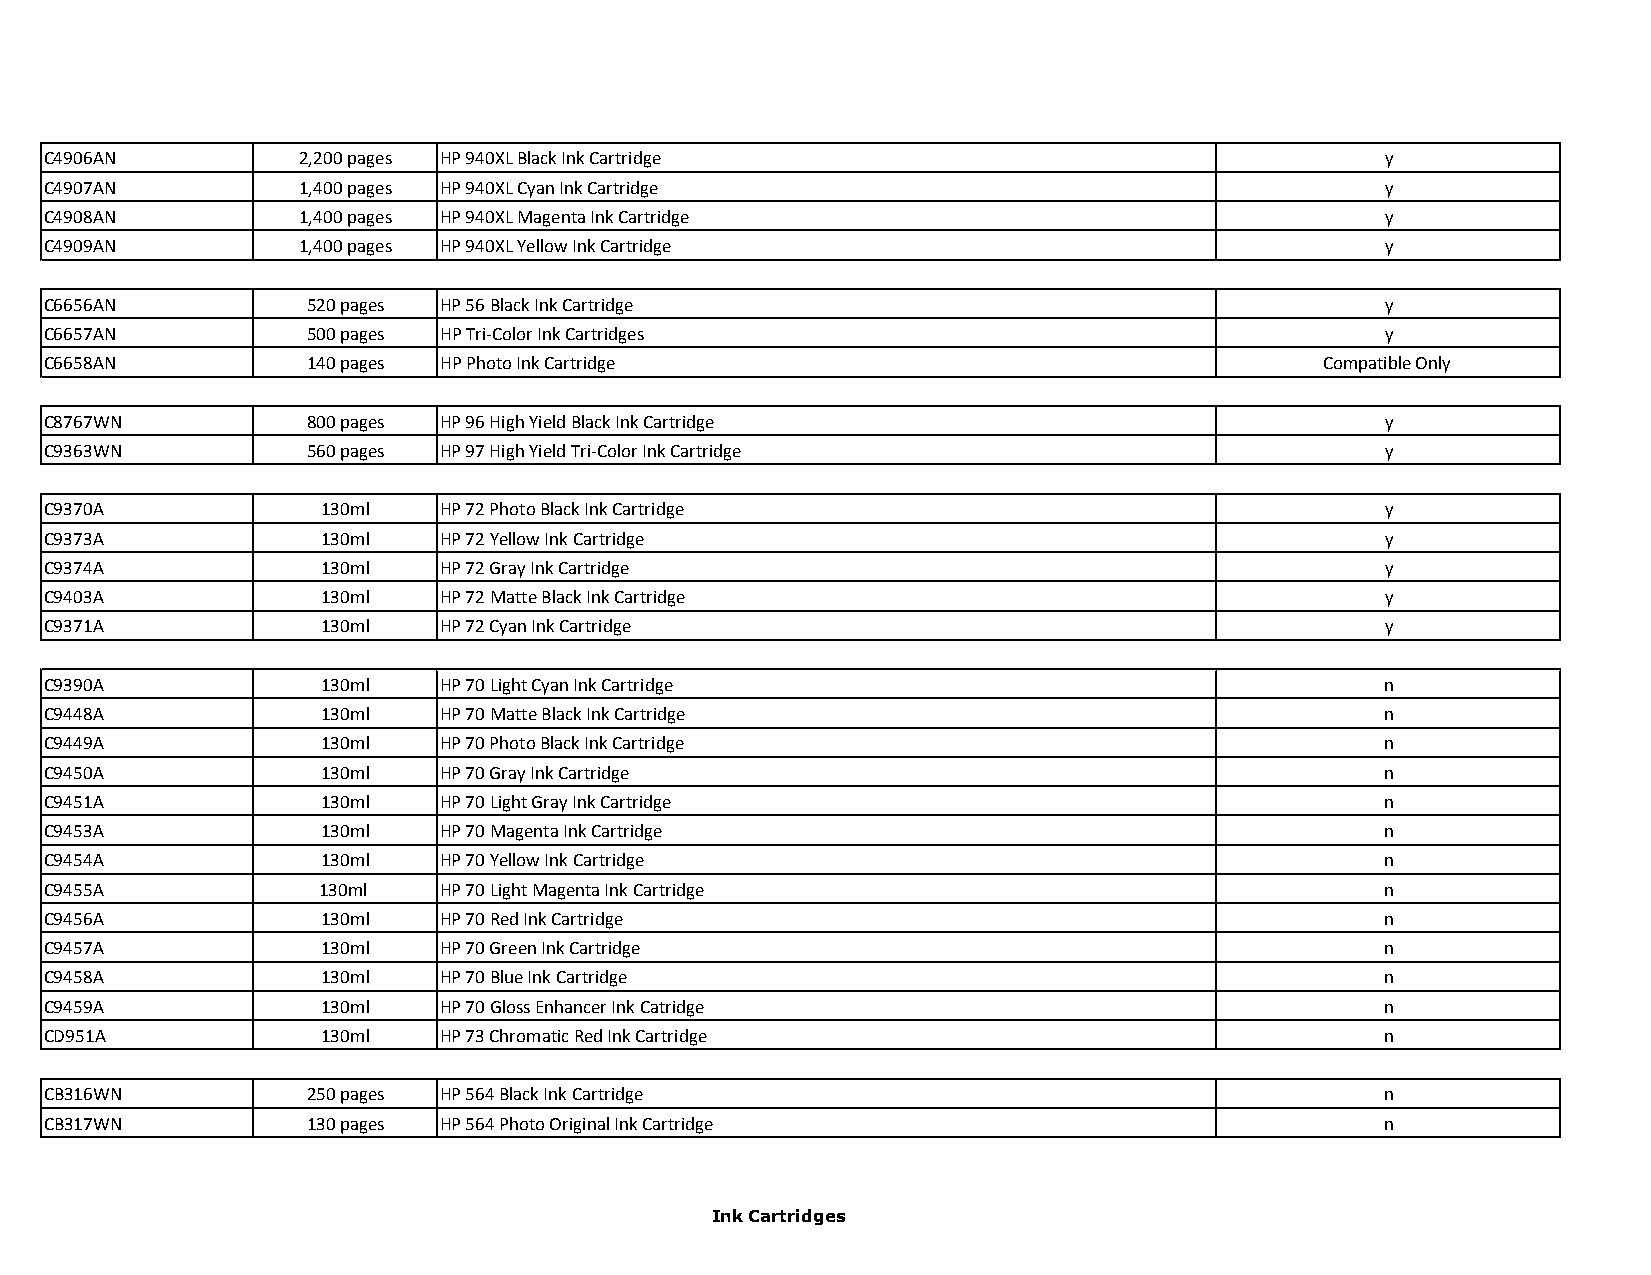
C4906AN          2,200 pages HP 940XL Black Ink Cartridge                                y
 C4907AN          1,400 pages HP 940XL Cyan Ink Cartridge                                 y
 C4908AN          1,400 pages HP 940XL Magenta Ink Cartridge                              y
 C4909AN          1,400 pages HP 940XL Yellow Ink Cartridge                               y
 C6656AN          520 pages HP 56 Black Ink Cartridge                                     y
 C6657AN          500 pages HP Tri-Color Ink Cartridges                                   y
 C6658AN          140 pages HP Photo Ink Cartridge                                    Compatible Only
 C8767WN          800 pages HP 96 High Yield Black Ink Cartridge                          y
 C9363WN          560 pages HP 97 High Yield Tri-Color Ink Cartridge                      y
 C9370A            130ml   HP 72 Photo Black Ink Cartridge                                y
 C9373A            130ml   HP 72 Yellow Ink Cartridge                                     y
 C9374A            130ml   HP 72 Gray Ink Cartridge                                       y
 C9403A            130ml   HP 72 Matte Black Ink Cartridge                                y
 C9371A            130ml   HP 72 Cyan Ink Cartridge                                       y
 C9390A            130ml   HP 70 Light Cyan Ink Cartridge                                 n
 C9448A            130ml   HP 70 Matte Black Ink Cartridge                                n
 C9449A            130ml   HP 70 Photo Black Ink Cartridge                                n
 C9450A            130ml   HP 70 Gray Ink Cartridge                                       n
 C9451A            130ml   HP 70 Light Gray Ink Cartridge                                 n
 C9453A            130ml   HP 70 Magenta Ink Cartridge                                    n
 C9454A            130ml   HP 70 Yellow Ink Cartridge                                     n
 C9455A            130ml   HP 70 Light Magenta Ink Cartridge                              n
 C9456A            130ml   HP 70 Red Ink Cartridge                                        n
 C9457A            130ml   HP 70 Green Ink Cartridge                                      n
 C9458A            130ml   HP 70 Blue Ink Cartridge                                       n
 C9459A            130ml   HP 70 Gloss Enhancer Ink Catridge                              n
 CD951A            130ml   HP 73 Chromatic Red Ink Cartridge                              n
 CB316WN          250 pages HP 564 Black Ink Cartridge                                    n
 CB317WN          130 pages HP 564 Photo Original Ink Cartridge                           n
 Ink Cartridges